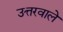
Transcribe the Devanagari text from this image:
उत्तरवाले